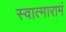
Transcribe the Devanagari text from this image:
स्वात्मारामं